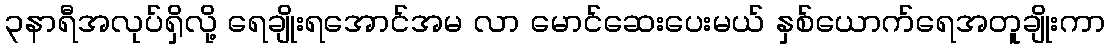
၃နာရီအလုပ်ရှိလို့ ရေချိုးရအောင်အမ လာ မောင်ဆေးပေးမယ် နှစ်ယောက်ရေအတူချိုးကာ